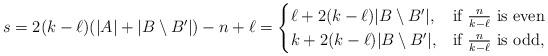
LaTeX: \begin{align*}s = 2(k-\ell) (|A|+ |B\setminus B'|) - n +\ell =\begin{cases} \ell + 2(k-\ell)|B\setminus B'|, & \mbox{if } \frac{n}{k-\ell} \mbox{ is even} \\k+ 2(k-\ell)|B\setminus B'|, & \mbox{if } \frac{n}{k-\ell} \mbox{ is odd}, \end{cases}\end{align*}